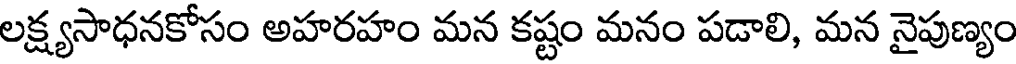
లక్ష్యసాధనకోసం అహరహం మన కష్టం మనం పడాలి, మన నైపుణ్యం